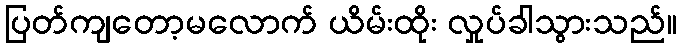
ပြတ်ကျတော့မလောက် ယိမ်းထိုး လှုပ်ခါသွားသည်။